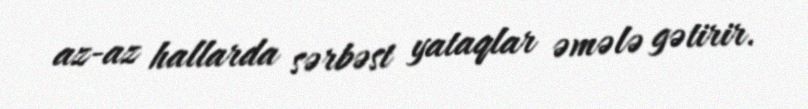
az-az hallarda sərbəst yataqlar əmələ gətirir.